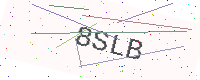
Text: 8SLB